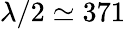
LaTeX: \lambda/2\simeq 371